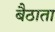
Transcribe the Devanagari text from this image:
बैठाता